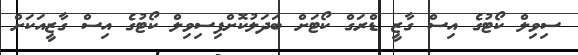
ސިވިލް ކޯޓުގެ އިސް ގާޒީ ޑްރަގް ކޯޓަށް ބަދަލުކޮށްފިސިވިލް ކޯޓުގެ އިސް ގާޒީއަކަށް